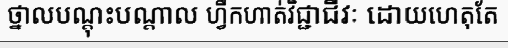
ថ្នាលបណ្តុះបណ្តាល ហ្វឹកហាត់វិជ្ជាជីវៈ ដោយហេតុតែ